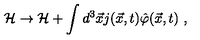
{ \cal H } \rightarrow { \cal H } + \int d ^ { 3 } { \vec { x } } j ( { \vec { x } } , t ) { \hat { \varphi } } { ( \vec { x } } , t ) \ ,